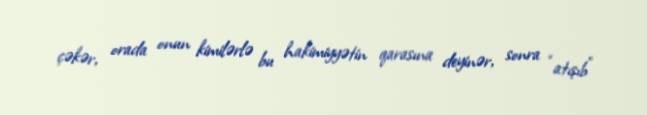
çəkər, orada onun kimilərlə bu hakimiyyətin qarasına deyinər, sonra “atışıb”